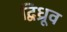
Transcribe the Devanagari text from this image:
द्विध्रूव